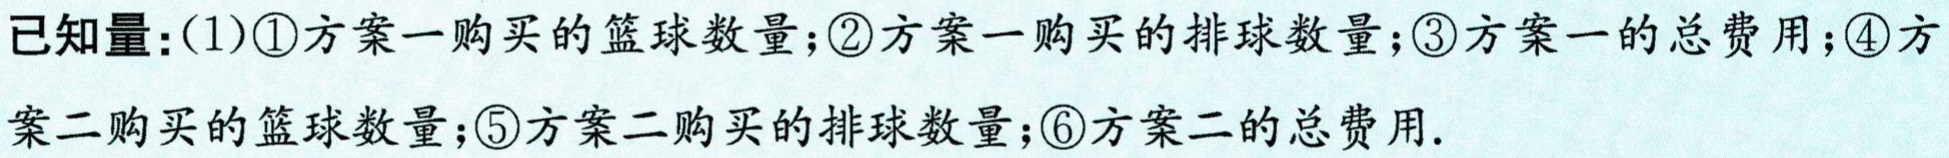
已知量：(1)\textcircled{1}方案一购买的篮球数量;\textcircled{2}方案一购买的排球数量;\textcircled{3}方案一的总费用;\textcircled{4}方案二购买的篮球数量;\textcircled{5}方案二购买的排球数量;\textcircled{6}方案二的总费用.